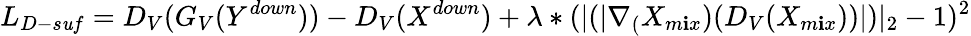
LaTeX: L_{D-s\mathit{u}f}=D_{V}(G_{V}(Y^{down}))-D_{V}(X^{down})+\lambda*(|(|\nabla_{(}X_{m\mathbf{i}x})(D_{V}(X_{m\mathbf{i}x}))|)|_{2}-1)^{2}